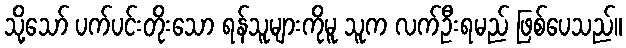
သို့သော် ပက်ပင်းတိုးသော ရန်သူများကိုမူ သူက လက်ဦးရမည် ဖြစ်ပေသည်။